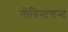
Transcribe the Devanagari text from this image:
गोविन्दचन्द